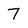
Character: 7